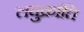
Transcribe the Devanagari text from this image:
लघुक्रांति